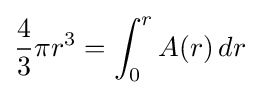
{\frac {4}{3}}\pi r^{3}=\int _{0}^{r}A(r)\,dr